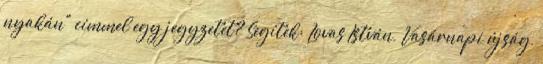
nyakán" címmel egy jegyzetet? Segítek: Lovas István, Vasárnapi újság,